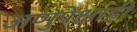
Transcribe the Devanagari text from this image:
अणुपेक्षाही